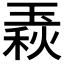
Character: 𤧦